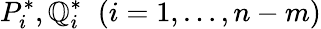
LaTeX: {P}_{i}^{\ast},{\mathbb{Q}}_{i}^{\ast}\; \; (i=1,\dots,n-m)